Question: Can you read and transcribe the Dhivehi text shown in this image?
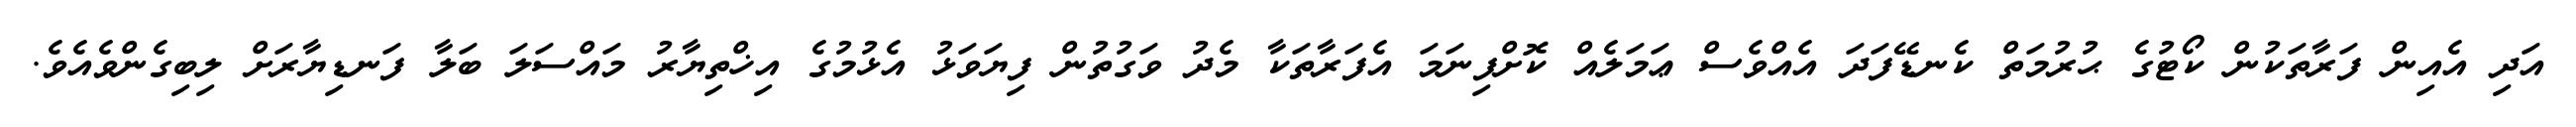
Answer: އަދި އެއިން ފަރާތަކުން ކޯޓުގެ ޙުރުމަތް ކެނޑޭފަދަ އެއްވެސް ޢަމަލެއް ކޮށްފިނަމަ އެފަރާތަކާ މެދު ވަގުތުން ފިޔަވަޅު އެޅުމުގެ އިޚްތިޔާރު މައްސަލަ ބަލާ ފަނޑިޔާރަށް ލިބިގެންވެއެވެ.